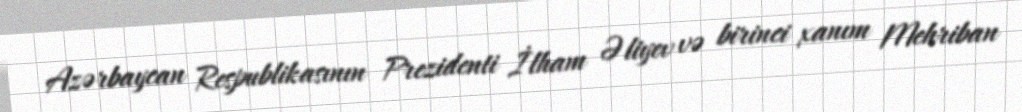
Azərbaycan Respublikasının Prezidenti İlham Əliyev və birinci xanım Mehriban